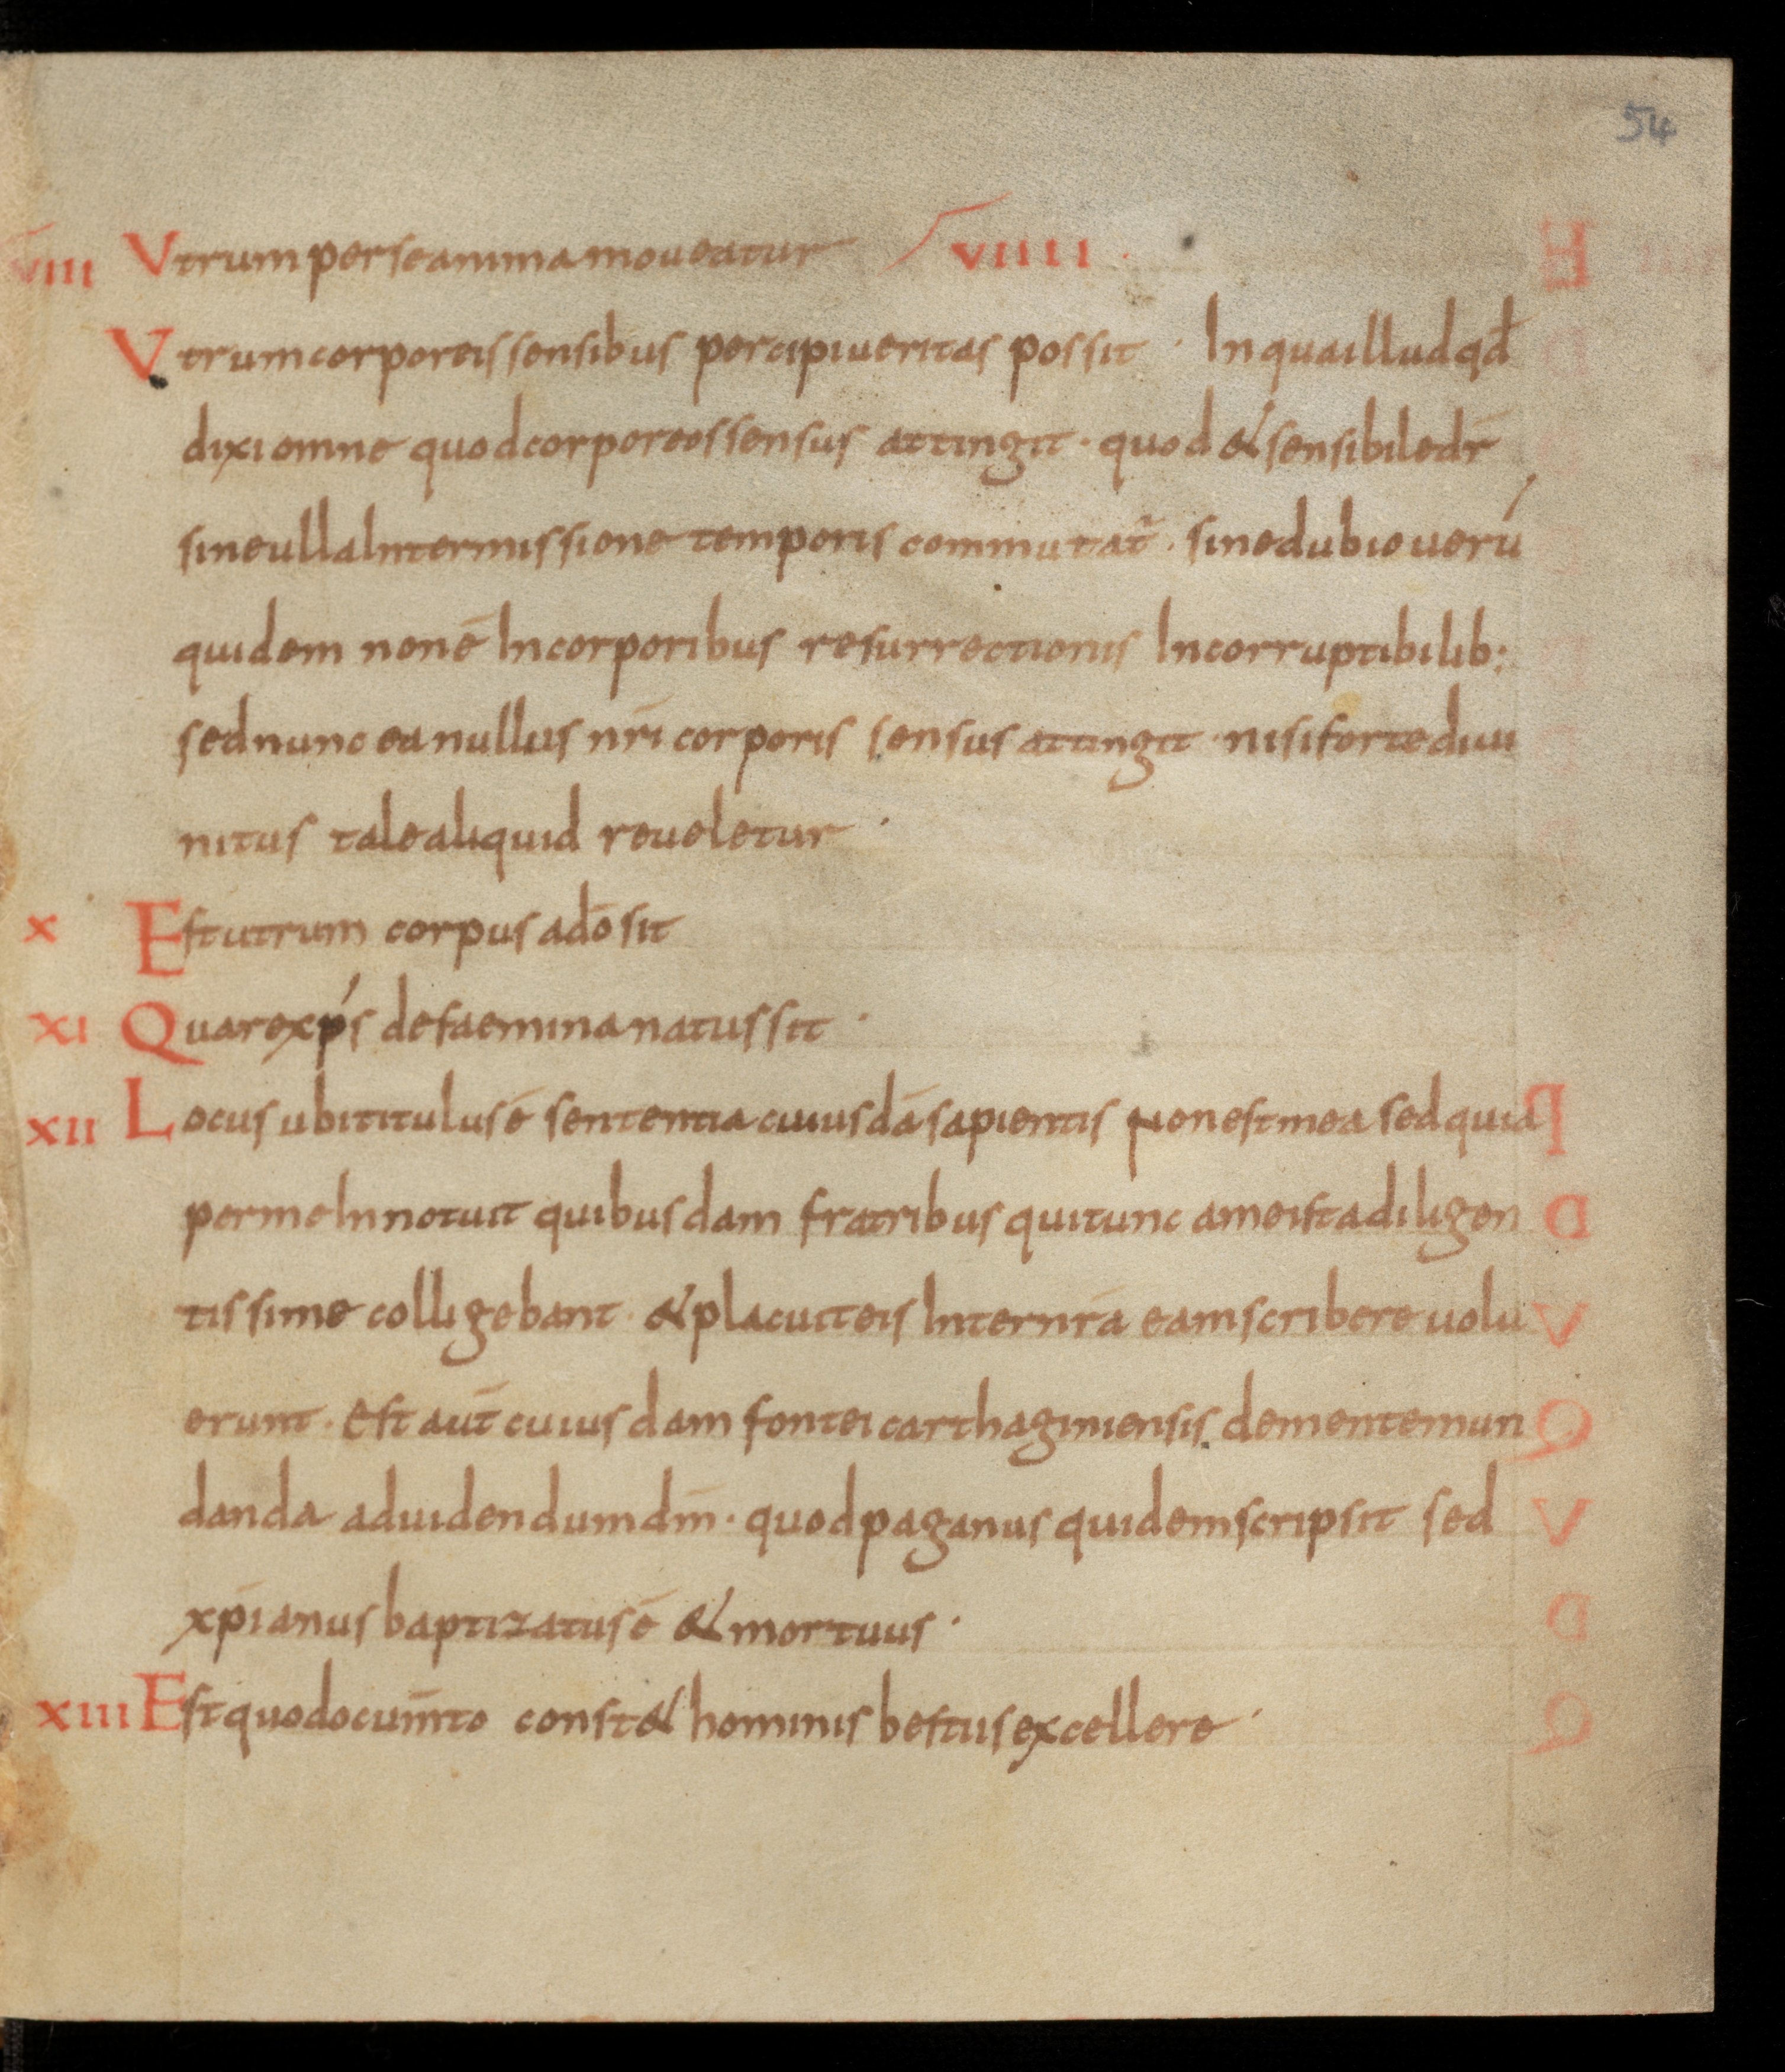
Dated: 850–899